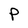
Character: P